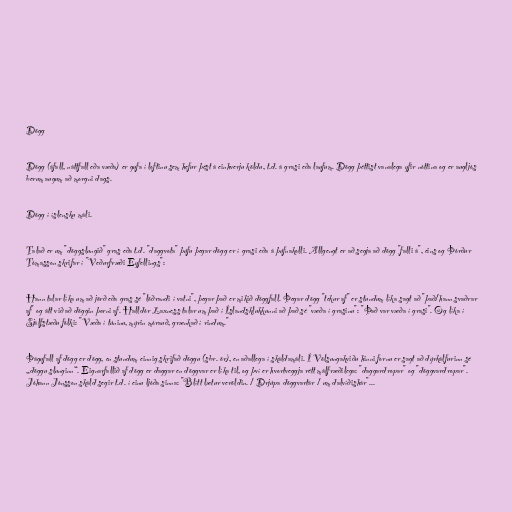
Dögg

Dögg (áfall, náttfall eða væða) er gufa í loftinu sem hefur þést á einhverju köldu, t.d. á grasi eða laufum. Dögg þéttist vanalega yfir nóttina og er augljós
berum augum að morgni dags.

Dögg í íslensku máli.

Talað er um "döggslungið" gras eða t.d. "daggvota" þúfu þegar dögg er í grasi eða á þúfnakolli. Allgengt er að segja að dögg "falli á", eins og Þórður
Tómasson skrifar í "Veðurfræði Eyfellings":

Hann talar líka um að jörð eða gras sé "löðrandi í vatni", þegar það er mikið döggfall. Þegar dögg "tekur af" er stundum líka sagt að "það/hann svaðrar
af" og átt við að döggin þorni af. Halldór Laxness talar um það í Íslandsklukkunni að það sé "væða í grasinu": "Það var væða í grasi". Og líka í
Sjálfstæðu fólki: "Væða í túninu, mýrin mórauð, grænkað í rindum."

Þágufall af dögg er dögg, en stundum einnig skrifað döggu (sbr. ör), en aðallega í skáldamáli. Í Völsungakviðu hinni fornu er sagt að dýrkálfurinn sé
„döggu slunginn“. Eignarfallið af dögg er daggar en döggvar er líka til, og því er hvortveggja rétt málfræðilega: "daggardropar" og "döggvardropar".
Jóhann Jónsson skáld segir t.d. í einu ljóða sinna: "Blítt lætur veröldin. / Drjúpa döggvartár / um dalvíðishár"...